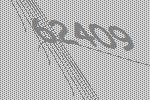
62409